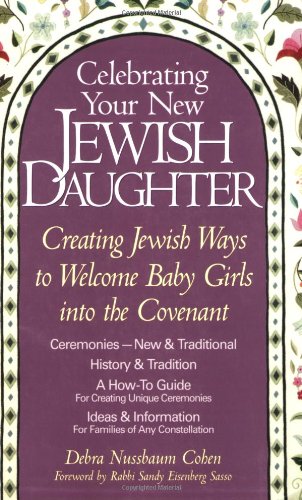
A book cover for Celebrating Your New Jewish Daughter: Creating Jewish Ways to Welcome Baby Girls into the Covenant; Debra Nussbaum Cohen; Religion & Spirituality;